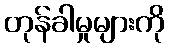
တုန်ခါမှုများကို